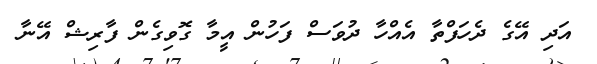
އަދި އޭގެ ދެހަފްތާ އެއްހާ ދުވަސް ފަހުން އީމާ ގޮވިގެން ފާރިޝް އޭނާ